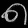
Digit: ၈